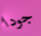
جودا